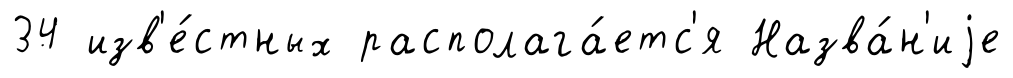
34 изв'е́стных располага́етс'я Назва́н'иjе